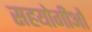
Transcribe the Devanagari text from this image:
सहयोगीओं